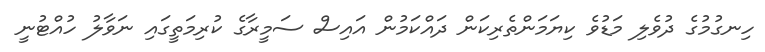
ހިނގުމުގެ ދުވެލި މަޑުވެ ކިޔަމަންތެރިކަން ދައްކަމުން އައިސް ސަމީރާގެ ކުރިމަތީގައި ނަވާލު ހުއްޓުނީ